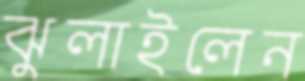
ঝুলাইলেন